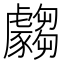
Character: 𲂣